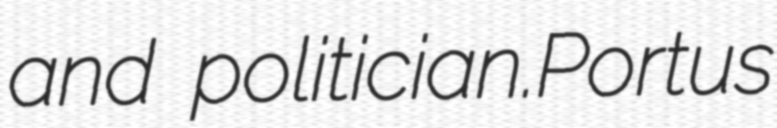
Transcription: and politician.Portus